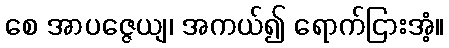
စေ အာပဇ္ဇေယျ၊ အကယ်၍ ရောက်ငြားအံ့။